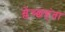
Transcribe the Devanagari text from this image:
म्लेच्छहंता